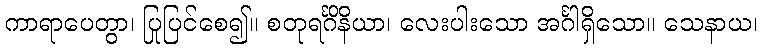
ကာရာပေတွာ၊ ပြုပြင်စေ၍။ စတုရင်္ဂိနိယာ၊ လေးပါးသော အင်္ဂါရှိသော။ သေနာယ၊